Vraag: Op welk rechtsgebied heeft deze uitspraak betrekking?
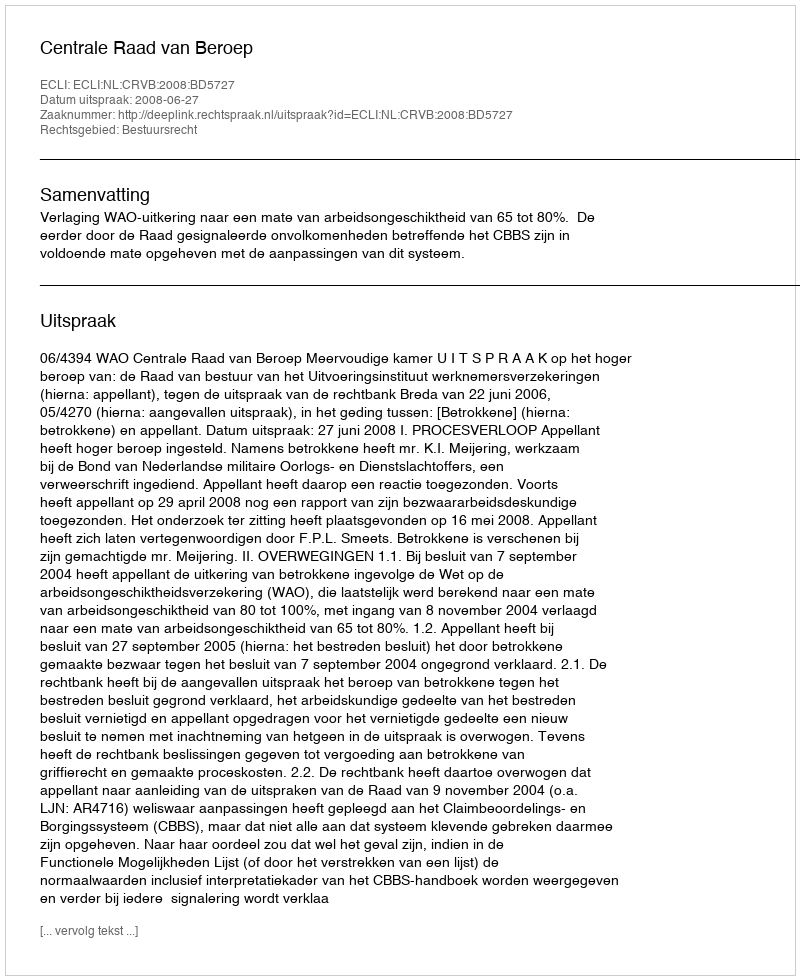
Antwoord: Bestuursrecht